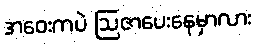
အဝေးကပဲ ဩဇာပေးနေမှာလား